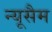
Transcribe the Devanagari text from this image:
न्यूसैम